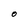
Character: O